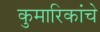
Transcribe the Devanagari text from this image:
कुमारिकांचे